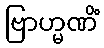
ဗြာဟ္မဏိံ